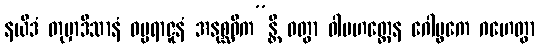
နယိဒံ တုမှာဒိသာနံ ဓမ္မရာဇူနံ အနုစ္ဆဝိက”န္တိ ဝတွာ ဝါမဟတ္ထေန ဂေါပ္ဖကေ ဂဟေတွာ